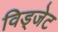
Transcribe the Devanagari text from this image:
विड्जेट